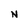
Character: N